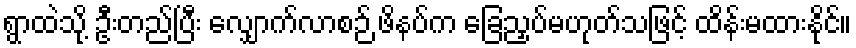
ရွာထဲသို့ ဦးတည်ပြီး လျှောက်လာစဉ် ဖိနပ်က ခြေညှပ်မဟုတ်သဖြင့် ထိန်းမထားနိုင်။